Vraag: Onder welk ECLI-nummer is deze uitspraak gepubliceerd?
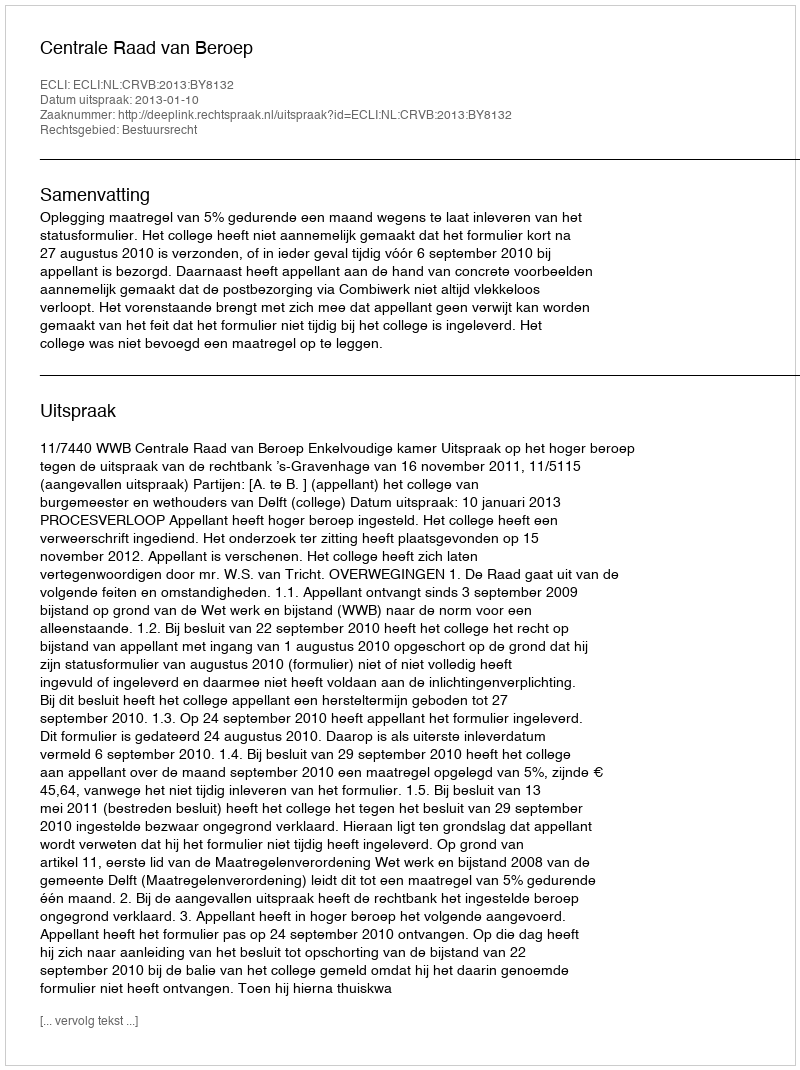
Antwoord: ECLI:NL:CRVB:2013:BY8132